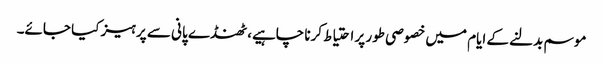
موسم بدلنے کے ایام میں خصوصی طور پر احتیاط کرنا چاہیے، ٹھنڈے پانی سے پرہیز کیا جائے۔